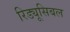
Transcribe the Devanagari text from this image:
रिड्यूसिबल